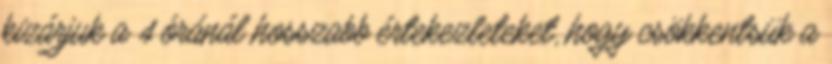
kizárjuk a 4 óránál hosszabb értekezleteket, hogy csökkentsük a